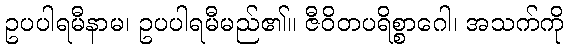
ဥပပါရမီနာမ၊ ဥပပါရမီမည်၏။ ဇီဝိတပရိစ္စာဂေါ၊ အသက်ကို